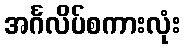
အင်္ဂလိပ်စကားလုံး